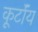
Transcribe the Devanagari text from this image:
कूर्टॉय